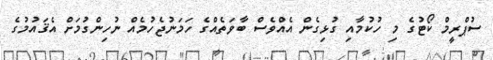
ސުޕްރީމް ކޯޓުގެ މި ހުކުމާއި ގުޅިގެން އެއްވެސް ބާވަތެއްގެ ހަމަނުޖެހުމެއް ނުހިންގުމަށް އެޤައުމުގެ